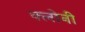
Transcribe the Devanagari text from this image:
क्लोनी